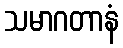
သမာဂတာနံ